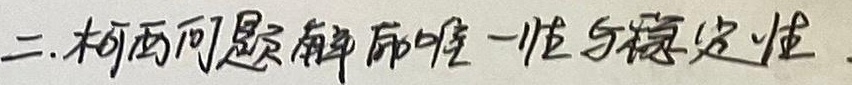
二.柯西问题解的唯一性与稳定性